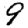
Digit: 9